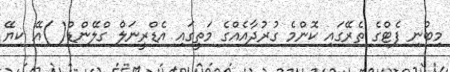
މިބުނި ފެޓްގެ ތެރޭގައި ކޮންމެ ގުރުދާއެއްގެ މަތީގައި އެޑްރީނަލް ގްލޭންޑް( )އޭ ކިޔޭ